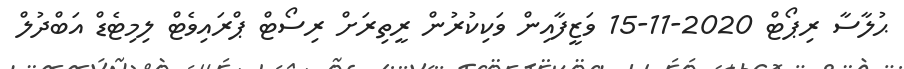
ޙުލާސާ ރިޕޯޓް 2020-11-15 ވަޒީފާއިން ވަކިކުރުން ރީތިރަށް ރިސޯޓް ޕްރައިވެޓް ލިމިޓެޑް އަބްދުލް